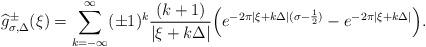
LaTeX: \begin{align*} \widehat{g}^{\pm}_{\sigma,\Delta}(\xi) = \sum_{k=-\infty}^{\infty}(\pm 1)^k \frac{(k+1)}{|\xi+k\Delta|}\Big(e^{-2\pi |\xi+k\Delta|(\sigma-\frac12)}- e^{-2\pi|\xi+k\Delta|}\Big).\end{align*}